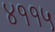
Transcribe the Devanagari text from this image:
४११५